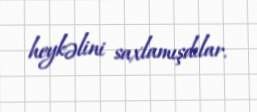
heykəlini saxlamışdılar.